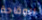
الوقاحة